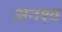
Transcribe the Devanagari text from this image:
अनश्व